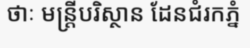
ថាៈ មន្ត្រីបរិស្ថាន ដែនជំរកភ្នំ